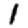
Digit: 1